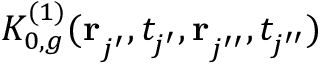
K _ { 0 , g } ^ { ( 1 ) } ( \mathbf { r } _ { j ^ { \prime } } ^ { } , t _ { j ^ { \prime } } ^ { } , \mathbf { r } _ { j ^ { \prime \prime } } ^ { } , t _ { j ^ { \prime \prime } } ^ { } )